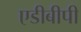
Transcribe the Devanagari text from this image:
एडीबीपी